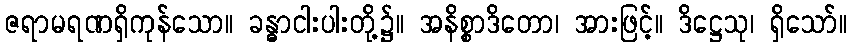
ဇရာမရဏရှိကုန်သော။ ခန္ဓာငါးပါးတို့၌။ အနိစ္စာဒိတော၊ အားဖြင့်။ ဒိဋ္ဌေသု၊ ရှိသော်။